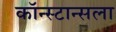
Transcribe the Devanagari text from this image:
कॉन्स्टान्सला